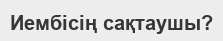
Иембісің сақтаушы?